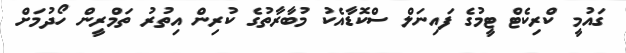
ގައުމީ ކްރިކެޓް ޓީމުގެ ފައިނަލް ސްކޮޑާއެކު މުބާރާތުގެ ކުރިން އިތުރު ތަމްރީން ހޯދުމަށް